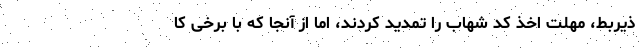
ذیربط، مهلت اخذ کد شهاب را تمدید کردند، اما از آنجا که با برخی کا